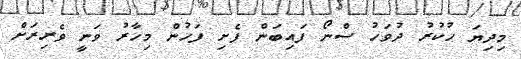
މިދިޔަ ހުކުރު ދުވަހު ސްނޯ ފައިބަން ފެށި ފަހުން މިހާރު ވަނީ ވެރިރަށް